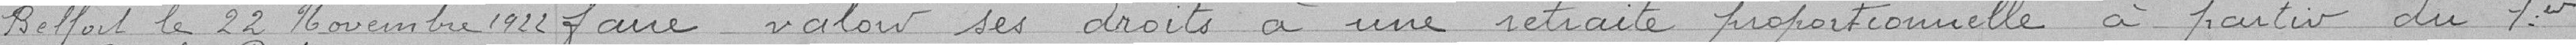
Belfort le 22 Novembre 1922 faire valoir ses droits à une retraite proportionnelle à partir du 1er